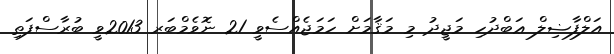
އަލްފާޟިލް ޢަބްދުހި މަޖީދު މި މަޤާމަށް ހަމަޖެއްސެވީ 21 ނޮވެމްބަރ 2013ވީ ބުރާސްފަތި